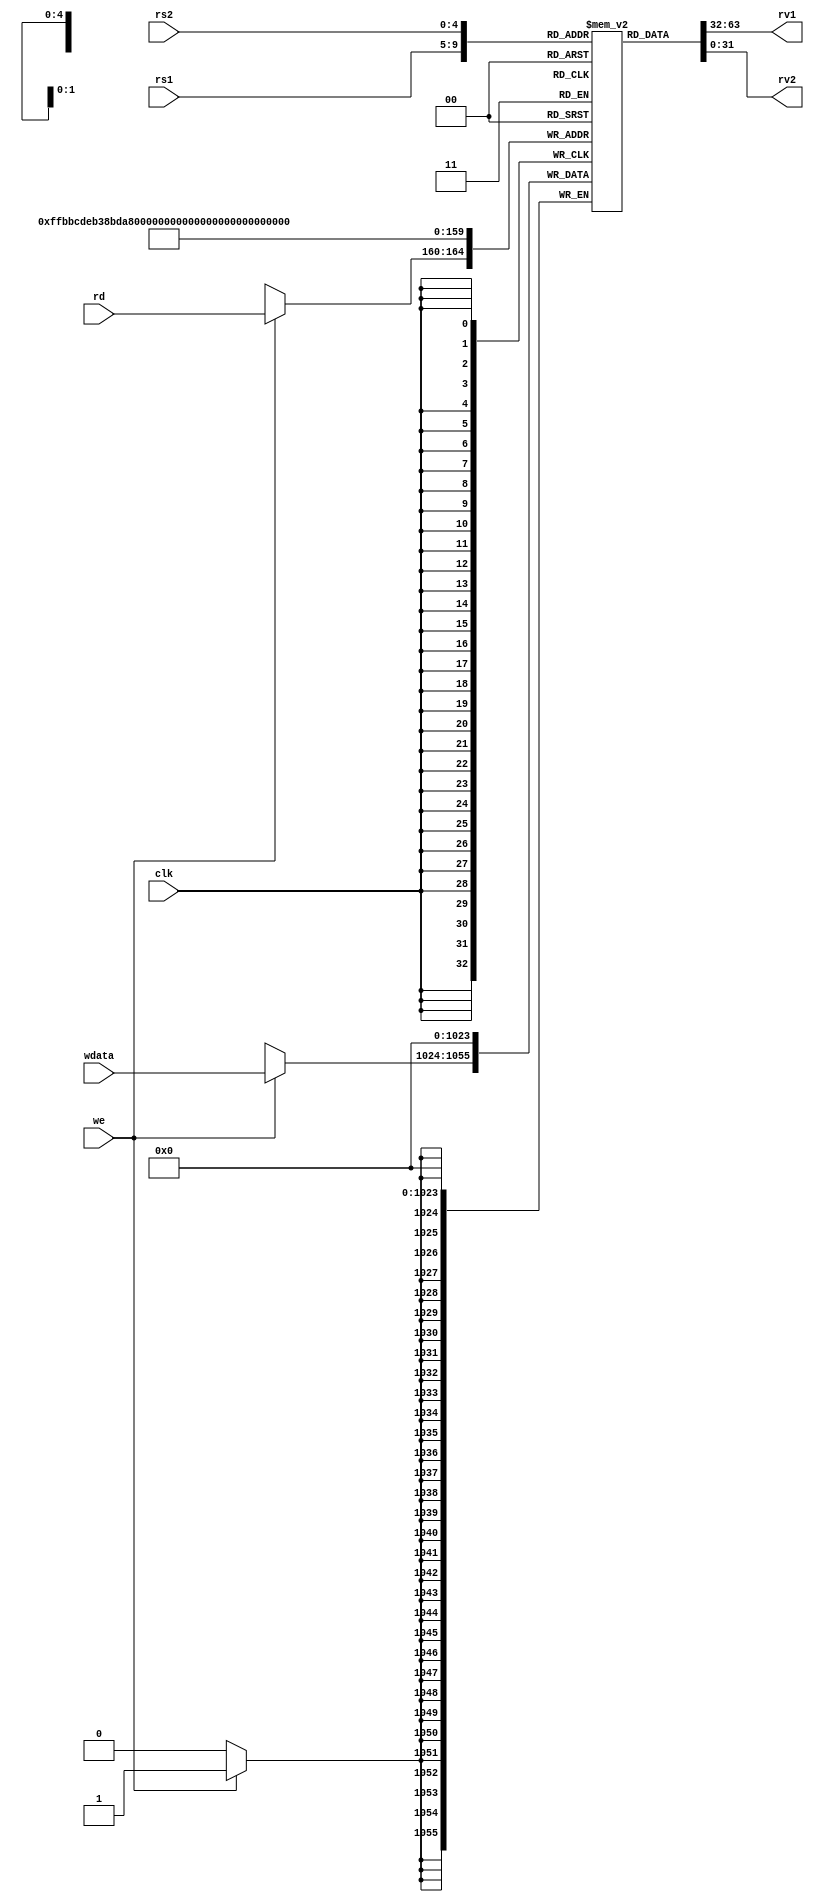
module regfile(
    input [4:0] rs1,     // address of first operand to read - 5 bits
    input [4:0] rs2,     // address of second operand
    input [4:0] rd,      // address of value to write
    input we,            // should write update occur
    input [31:0] wdata,  // value to be written
    output [31:0] rv1,   // First read value
    output [31:0] rv2,   // Second read value
    input clk            // Clock signal - all changes at clock posedge
);
    // Desired function
    // rv1, rv2 are combinational outputs - they will update whenever rs1, rs2 change
    // on clock edge, if we=1, regfile entry for rd will be updated

    reg [31:0] memory [31:0]; // 32 32-bit registers in memory
    reg reset;
    integer i;

    assign rv1 = memory[rs1];   //value in register 1 
    assign rv2 = memory[rs2];   //value in register 2

    initial begin
        #0 reset = 1;
        #1 reset = 0;
    end

    always @(posedge clk) begin
        if (reset) begin
            for(i=0; i<32; i=i+1) begin
                memory[i] = 32'b0;
            end
        end

        else if (we) begin
            memory[rd] <= wdata;
        end
    end


endmodule